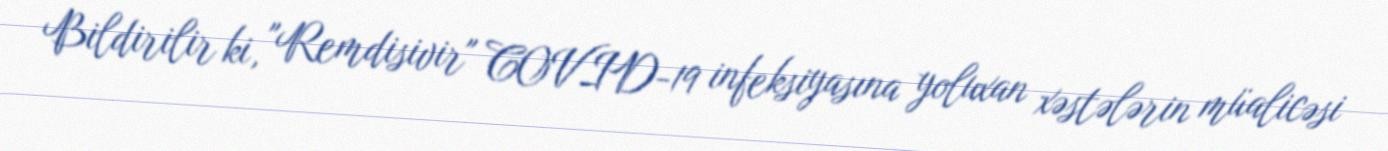
Bildirilir ki, "Remdisivir" COVID-19 infeksiyasına yoluxan xəstələrin müalicəsi